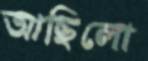
আছিলো